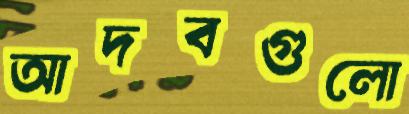
আদবগুলো